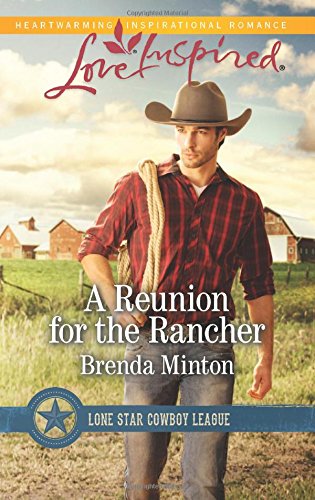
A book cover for A Reunion for the Rancher (Lone Star Cowboy League); Brenda Minton; Romance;